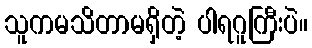
သူကမသိတာမရှိတဲ့ ပါရဂူကြီးပဲ။